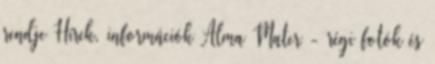
rendje Hírek, információk Alma Mater - régi fotók és